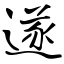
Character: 遂